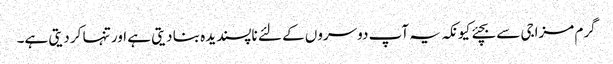
گرم مزاجی سے بچئے کیونکہ یہ آپ دوسروں کے لئے ناپسندیدہ بنا دیتی ہے اور تنہا کر دیتی ہے۔